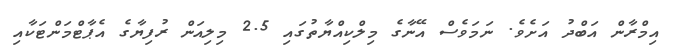
އިމްރާން އަބްދު އަށެވެ. ނަމަވެސް އޭނާގެ މިލްކިއްޔާތުގައި 2.5 މިލިއަން ރުފިޔާގެ އެޕާޓްމަންޓަކާއި